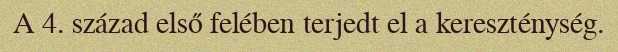
A 4. század első felében terjedt el a kereszténység.